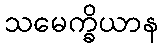
သမေက္ခိယာန